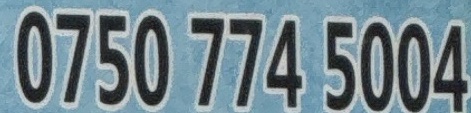
0750 774 5004